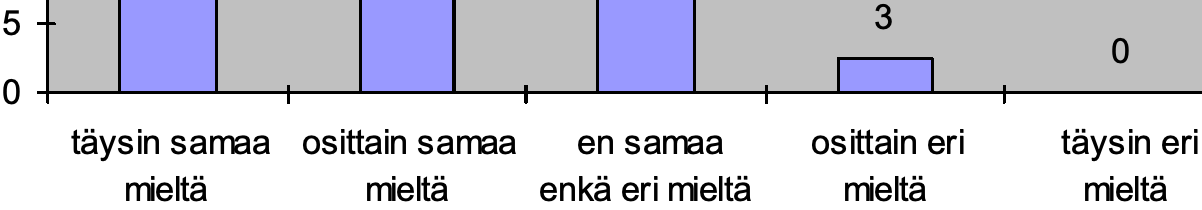
5                            3 0 0 täysin samaa osittain samaa en samaa osittain eri täysin eri mieltä  mieltä enkä eri mieltä mieltä mieltä